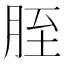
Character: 胵